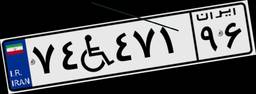
۷۷W۶۴۴۷۴